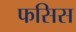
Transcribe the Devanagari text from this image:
फसिस